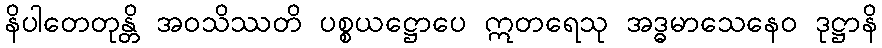
နိပါတေတုန္တိ အဝသိဿတိ ပစ္စယဋ္ဌောပေ ဣတရေသု အဒ္ဓမာသေနေဝ ဒုဋ္ဌာနိ